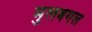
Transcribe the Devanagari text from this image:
मुलबगल